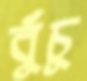
বুঁচু